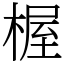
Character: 楃